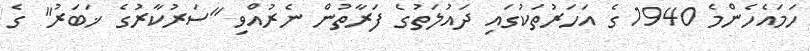
ހަމައެހެންމެ 1940 ގެ އަހަރުތަކުގައި ދައުލަތުގެ ފަރާތުން ނެރުއްވި "ސަރުކާރުގެ ޚަބަރު" ގެ